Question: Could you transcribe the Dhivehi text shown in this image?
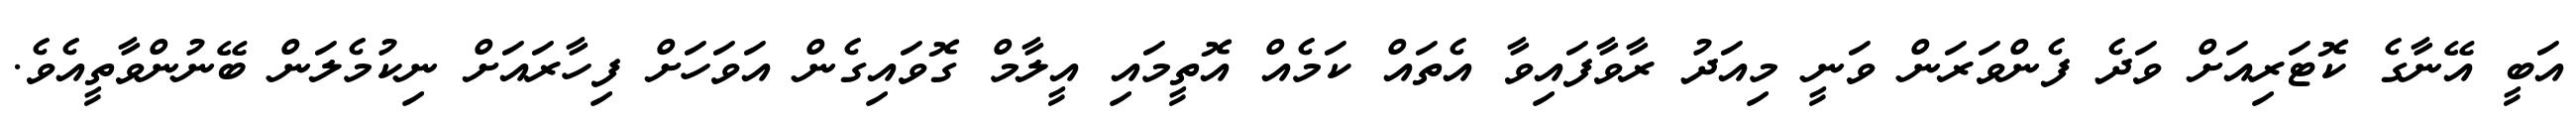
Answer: އަބީ އޭނާގެ ކޮޓަރިއަށް ވަދެ ފެންވަރަން ވަނީ މިއަދު ރާވާފައިވާ އެތައް ކަމެއް އޮތީމައި އީލާމް ގޮވައިގެން އަވަހަށް ފިހާރައަށް ނިކުމެލަން ބޭނުންވާތީއެވެ.